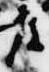
度